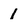
Character: 1